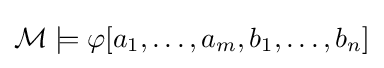
{\mathcal {M}}\models \varphi [a_{1},\ldots ,a_{m},b_{1},\ldots ,b_{n}]